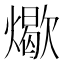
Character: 𬋏